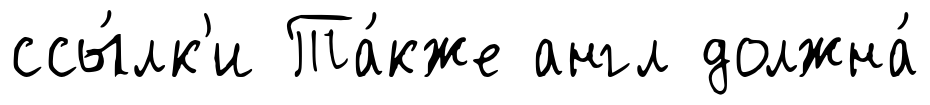
ссы́лк'и Та́кже англ должна́